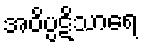
အဝိပ္ပဋိသာရေ